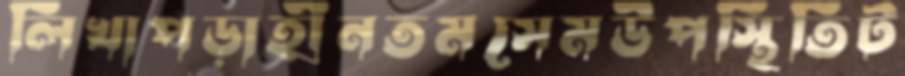
লিখাপড়াহীনতমসেমউপস্থিতিট